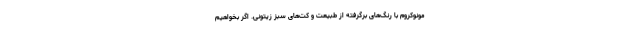
مونوکروم با رنگ‌های برگرفته از طبیعت و کت‌های سبز زیتونی. اگر بخواهیم